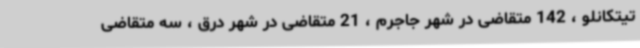
تیتکانلو ، 142 متقاضی در شهر جاجرم ، 21 متقاضی در شهر درق ، سه متقاضی